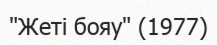
"Жеті бояу" (1977)